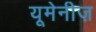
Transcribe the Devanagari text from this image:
यूमेनीज़